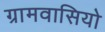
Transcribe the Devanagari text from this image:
ग्रामवासियो